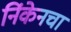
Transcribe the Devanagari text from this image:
निंकेनचा